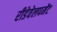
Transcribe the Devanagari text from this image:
रीडेवेलपमेंट